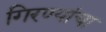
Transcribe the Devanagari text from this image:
गिरण्यांचा